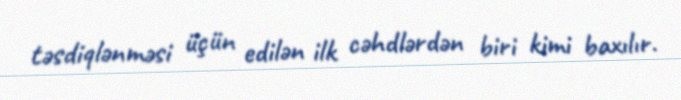
təsdiqlənməsi üçün edilən ilk cəhdlərdən biri kimi baxılır.